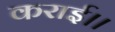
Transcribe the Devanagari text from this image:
कराई।।